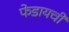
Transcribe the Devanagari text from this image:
फेडायची